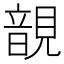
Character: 𧡱